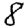
Digit: 8